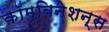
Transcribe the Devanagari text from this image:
कॉम्बिनेशन्स